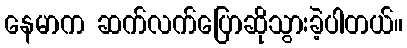
နေမာက ဆက်လက်ပြောဆိုသွားခဲ့ပါတယ်။